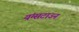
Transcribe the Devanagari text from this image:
यंग्सटाउन